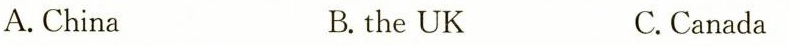
A. China B. the UK C. Canada